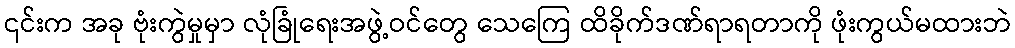
၎င်းက အခု ဗုံးကွဲမှုမှာ လုံခြုံရေးအဖွဲ့ဝင်တွေ သေကြေ ထိခိုက်ဒဏ်ရာရတာကို ဖုံးကွယ်မထားဘဲ